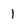
Character: 1